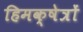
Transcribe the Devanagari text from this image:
हिमक्षेत्रों